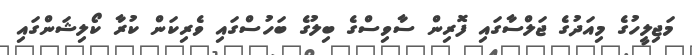
މަޖިލީހުގެ މިއަދުގެ ޖަލްސާގައި ފޮރިން ސާވިސްގެ ބިލުގެ ބަހުސްގައި ވެރިކަން ކުރާ ކޯލިޝަންގައި